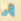
إلى